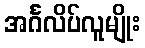
အင်္ဂလိပ်လူမျိုး